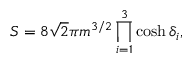
S = 8 \sqrt { 2 } \pi m ^ { 3 / 2 } \prod _ { i = 1 } ^ { 3 } \cosh \delta _ { i } ,